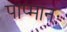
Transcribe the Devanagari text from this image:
पाप्मानः